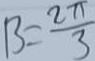
B = \frac { 2 \pi } { 3 }